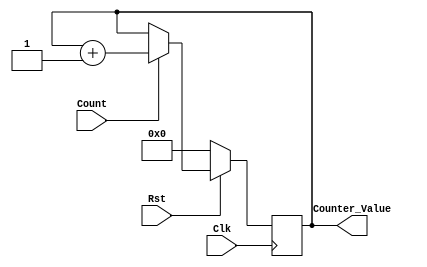
// ECE 6370
`timescale 1ns/10ps
module MyCounterModule(Count, Counter_Value, Clk, Rst);
input Count;
output [3:0]Counter_Value;
reg [3:0]Counter_Value;
input Clk, Rst;

always @(posedge Clk)
begin
if (Rst == 0)
begin
Counter_Value <= 4'b0000;
end
else if (Count == 1)
begin
Counter_Value <= Counter_Value + 1;
end
end
endmodule